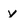
Character: y